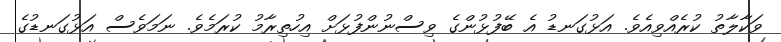
ވަކާލާތު ކުރެއްވިއެވެ. އަޅުގަނޑު އެ ބޭފުޅުންގެ ވިސްނުންފުޅަށް އިހުތިރާމު ކުރަމެވެ. ނަމަވެސް އަޅުގަނޑުގެ